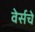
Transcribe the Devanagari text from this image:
वेर्सचे